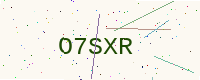
Text: O7SXR